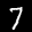
Label: 7